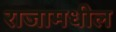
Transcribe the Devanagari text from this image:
राजामधील